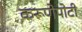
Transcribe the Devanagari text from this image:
करूणेपोटी